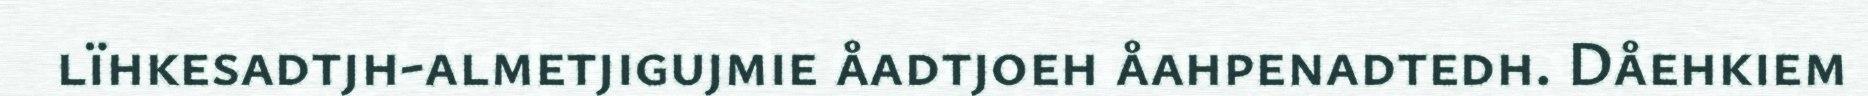
lïhkesadtjh-almetjigujmie åadtjoeh åahpenadtedh. Dåehkiem